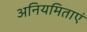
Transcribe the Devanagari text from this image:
अनियमिताएं